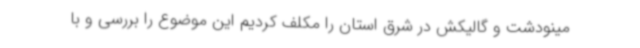
مینودشت و گالیکش در شرق استان را مکلف کردیم این موضوع را بررسی و با